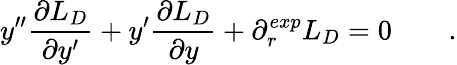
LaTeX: y^{\prime\prime}{\frac{\partial L_{D}}{\partial y^{\prime}}}+y^{\prime}{\frac{\partial L_{D}}{\partial y}}+\partial_{r}^{exp}L_{D}=0\qquad.